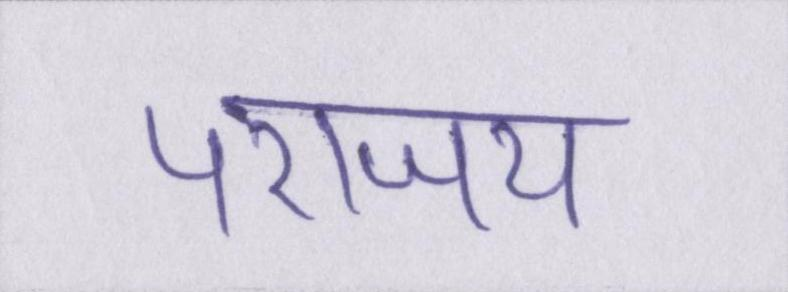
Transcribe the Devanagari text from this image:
पराजय